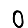
Digit: 0